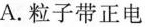
A.粒子带正电